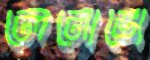
লেনোভো